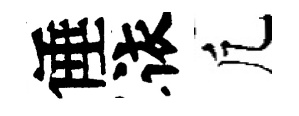
倕依凢